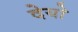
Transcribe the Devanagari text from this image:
देयो